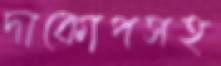
দাকোপসহ